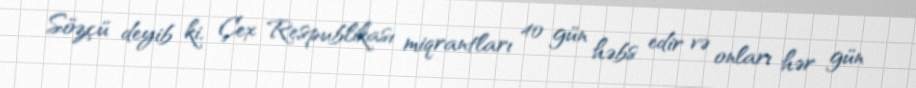
Sözçü deyib ki, Çex Respublikası miqrantları 40 gün həbs edir və onları hər gün